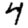
Digit: 4